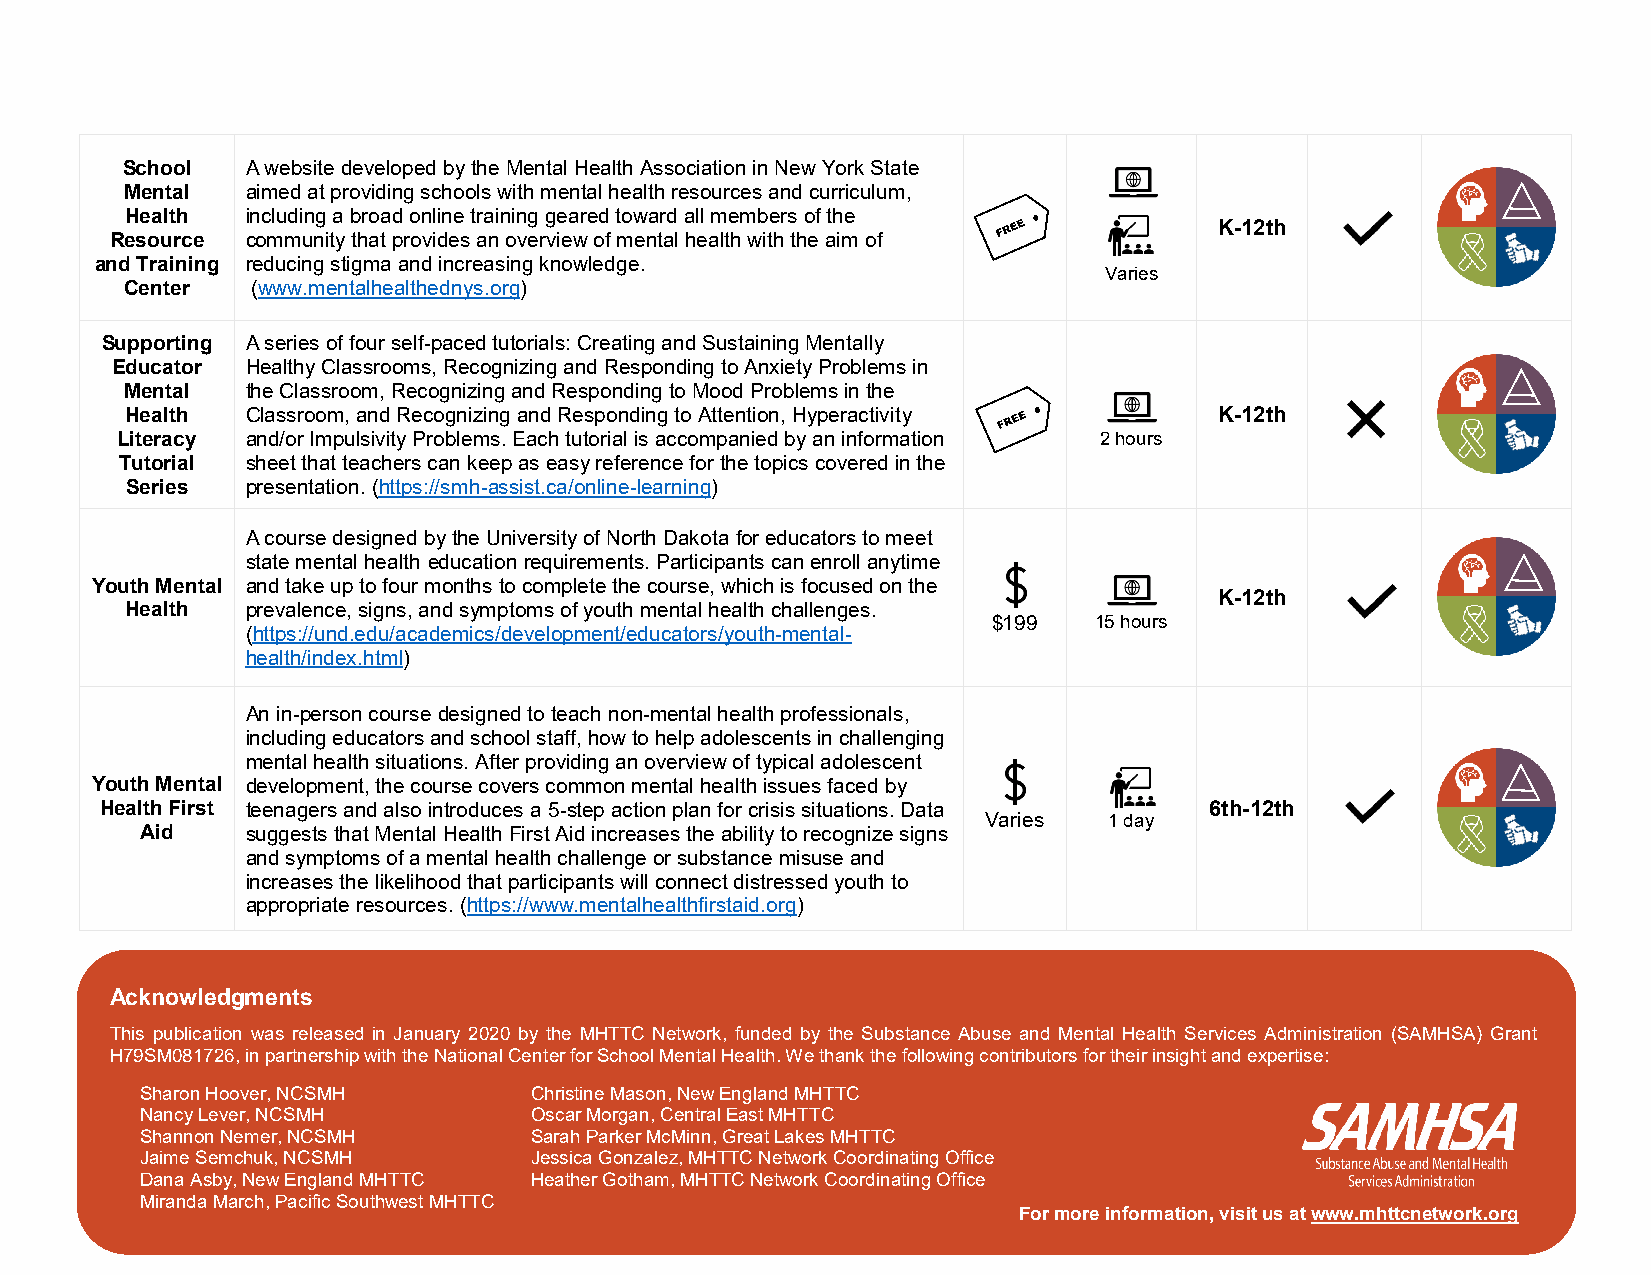
School  A website developed by the Mental Health Association in New York State
 Mental  aimed at providing schools with mental health resources and curriculum,
 Health  including a broad online training geared toward all members of the
 K-12th
 Resource community that provides an overview of mental health with the aim of
 and Training reducing stigma and increasing knowledge.
 Varies
 Center   (www.mentalhealthednys.org)
 Supporting A series of four self-paced tutorials: Creating and Sustaining Mentally
 Educator Healthy Classrooms, Recognizing and Responding to Anxiety Problems in
 Mental  the Classroom, Recognizing and Responding to Mood Problems in the
 Health  Classroom, and Recognizing and Responding to Attention, Hyperactivity K-12th
 Literacy and/or Impulsivity Problems. Each tutorial is accompanied by an information 2 hours
 Tutorial sheet that teachers can keep as easy reference for the topics covered in the
 Series  presentation. (https://smh-assist.ca/online-learning)
 A course designed by the University of North Dakota for educators to meet
 state mental health education requirements. Participants can enroll anytime
 Youth Mental and take up to four months to complete the course, which is focused on the
 K-12th
 Health  prevalence, signs, and symptoms of youth mental health challenges.
 $199  15 hours
 (https://und.edu/academics/development/educators/youth-mental-
 health/index.html)
 An in-person course designed to teach non-mental health professionals,
 including educators and school staff, how to help adolescents in challenging
 mental health situations. After providing an overview of typical adolescent
 Youth Mental development, the course covers common mental health issues faced by
 Health First teenagers and also introduces a 5-step action plan for crisis situations. Data 6th-12th
 Varies  1 day
 Aid    suggests that Mental Health First Aid increases the ability to recognize signs
 and symptoms of a mental health challenge or substance misuse and
 increases the likelihood that participants will connect distressed youth to
 appropriate resources. (https://www.mentalhealthfirstaid.org)
 Acknowledgments
 This publication was released in January 2020 by the MHTTC Network, funded by the Substance Abuse and Mental Health Services Administration (SAMHSA) Grant
 H79SM081726, in partnership with the National Center for School Mental Health. We thank the following contributors for their insight and expertise:
 Sharon Hoover, NCSMH      Christine Mason, New England MHTTC
 Nancy Lever, NCSMH        Oscar Morgan, Central East MHTTC
 Shannon Nemer, NCSMH      Sarah Parker McMinn, Great Lakes MHTTC
 Jaime Semchuk, NCSMH      Jessica Gonzalez, MHTTC Network7 Coordinating Office
 Dana Asby, New England MHTTC Heather Gotham, MHTTC Network Coordinating Office
 Miranda March, Pacific Southwest MHTTC
 For more information, visit us at www.mhttcnetwork.org